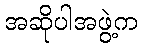
အဆိုပါအဖွဲ့က